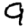
Digit: 9